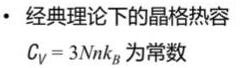
- 经典理论下的晶格热容
$C_V = 3Nk_B$ 为常数